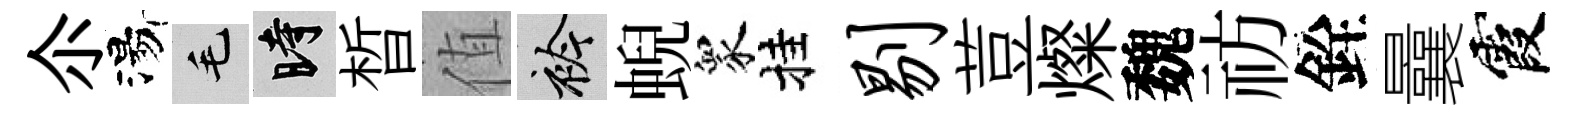
尒湯毛时晳值衿蜺衆挂剔荳燦魏祊銓曩霞